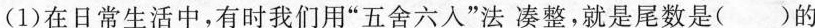
(1)在日常生活中，有时我们用”五舍六人”法凑整，就是尾数是( )的